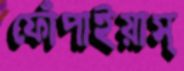
ফোঁপাইয়াস্